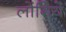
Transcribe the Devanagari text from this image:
लोंगिये